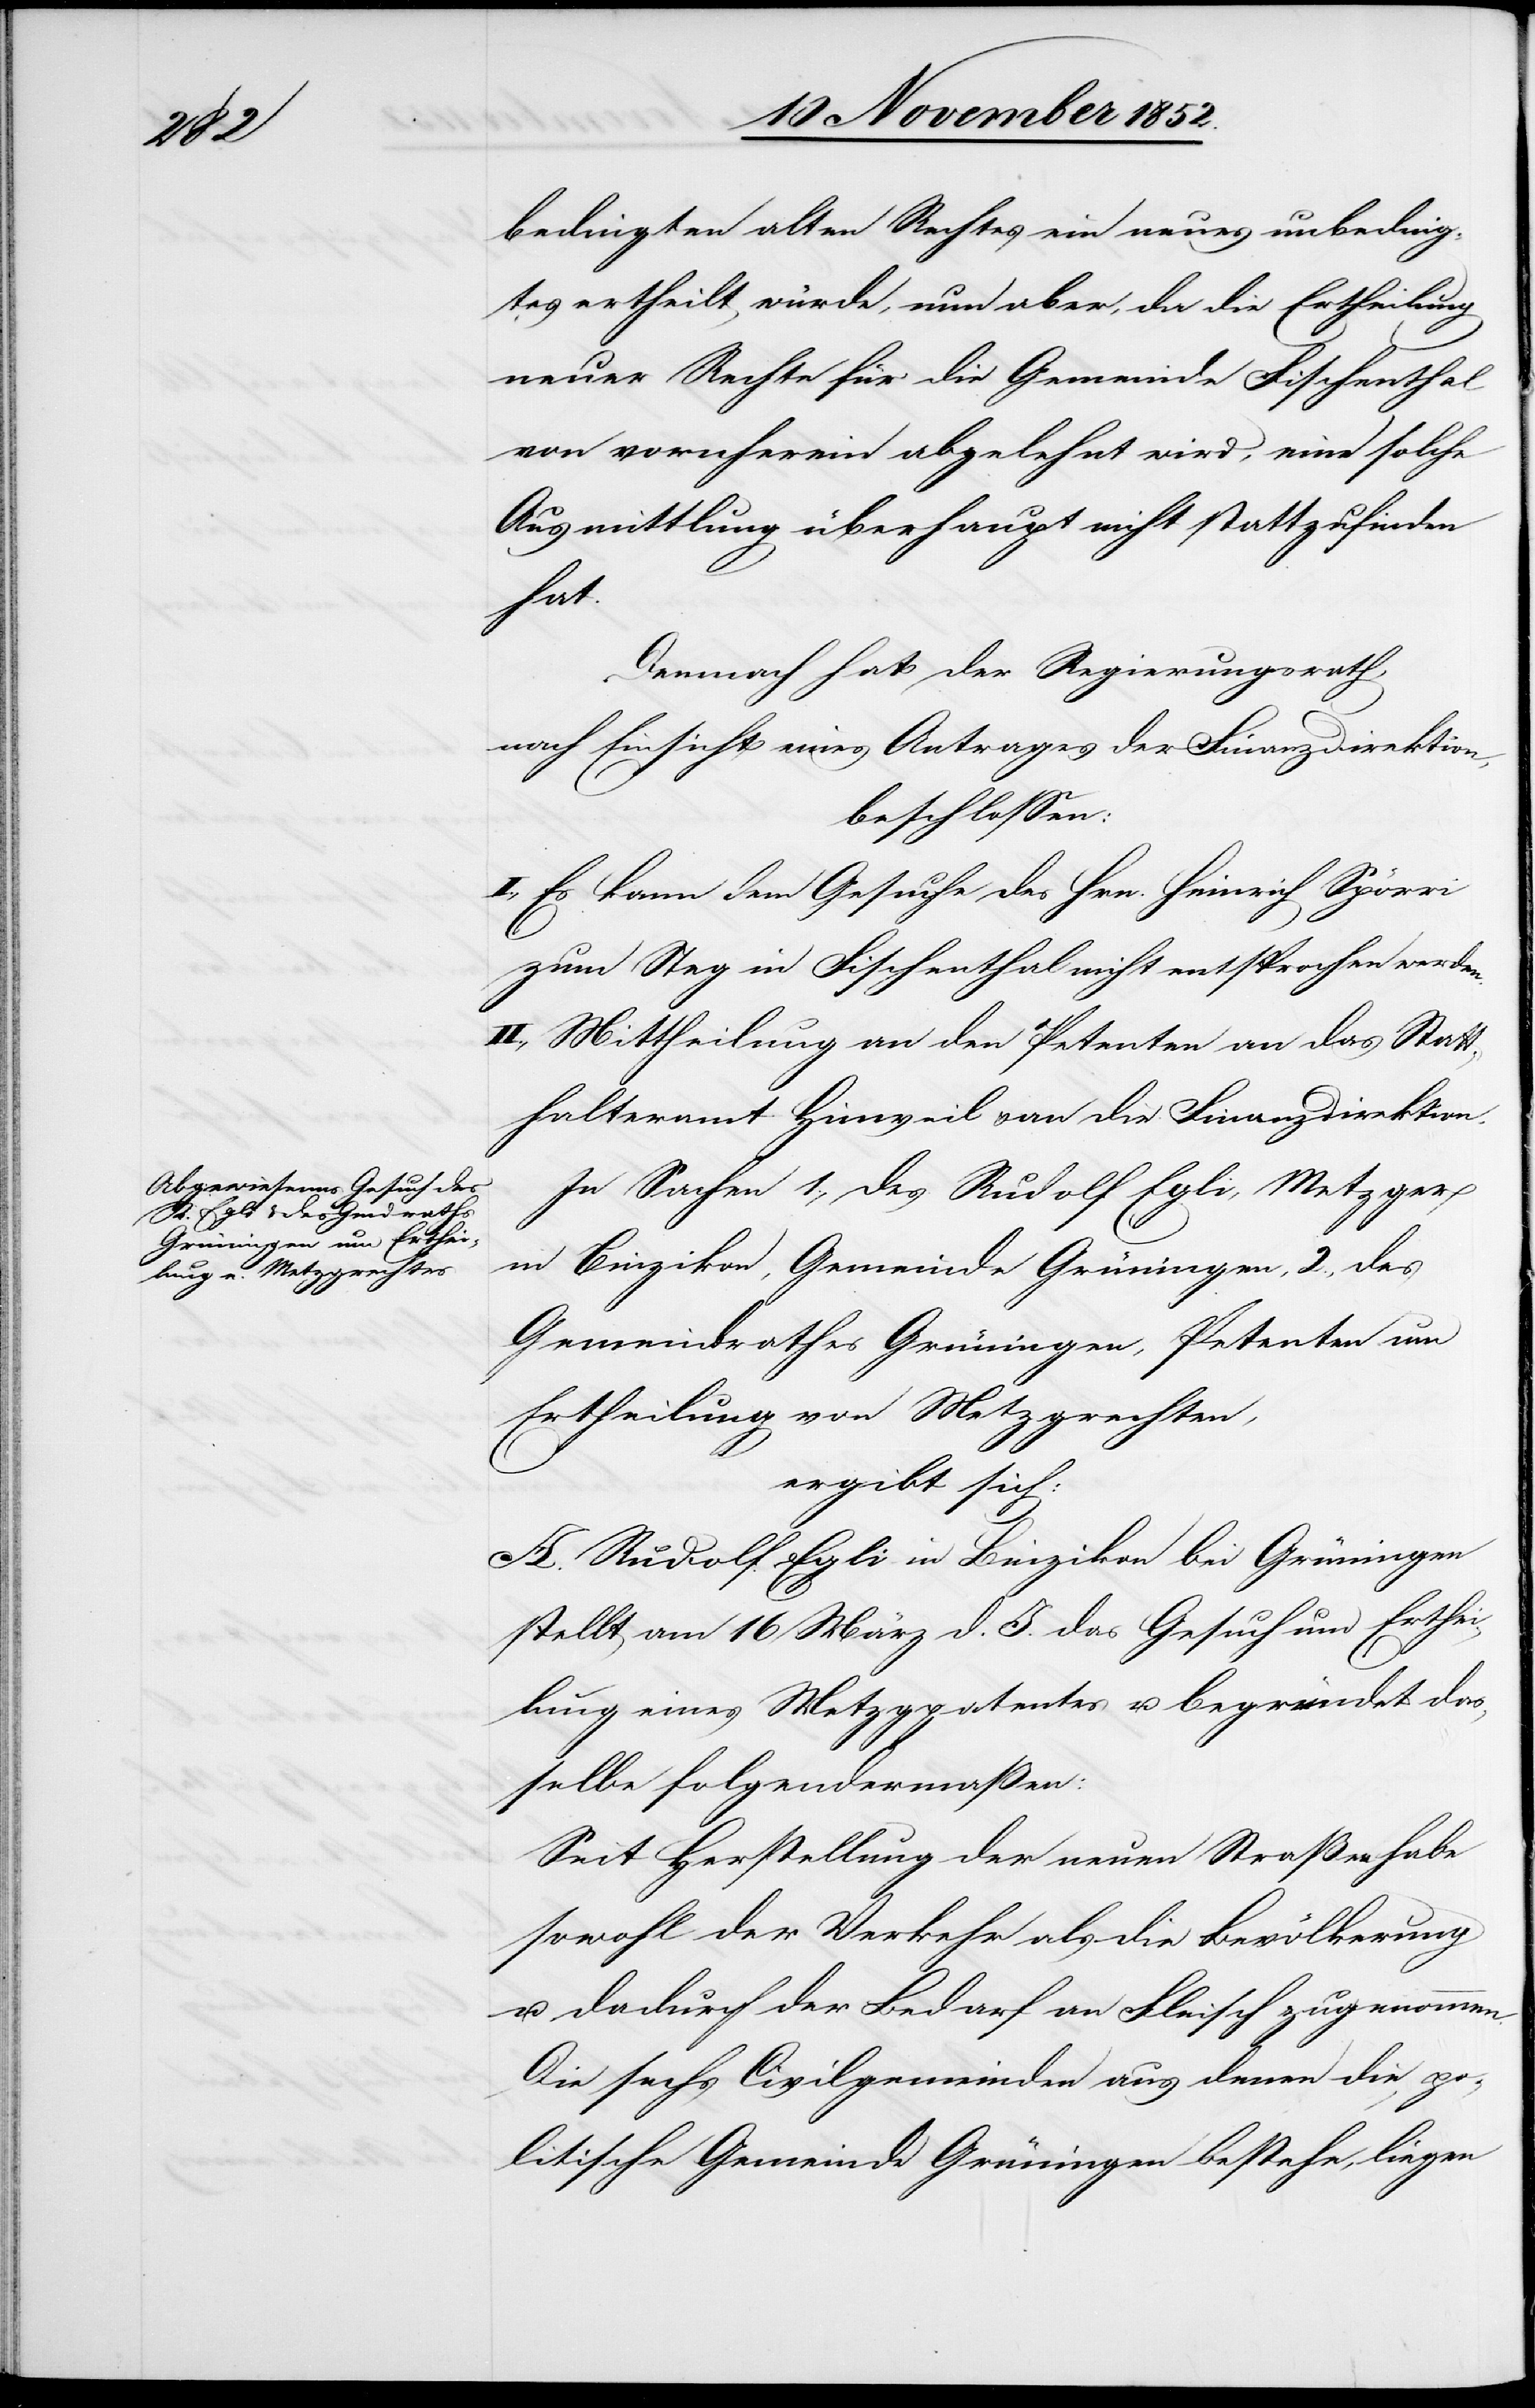
bedingten alten Rechtes ein neues unbeding¬
tes ertheilt würde, nun aber, da die Ertheilung
neuer Rechte für die Gemeinde Fischenthal
von vornherein abgelehnt wird, eine solche
Ausmittlung überhaupt nicht stattzufinden
hat.
Demnach hat der Regierungsrath,
nach Einsicht eines Antrages der Finanzdirektion,
beschlossen:
I., Es kann dem Gesuche des Hrn. Heinrich Spörri
zum Steg in Fischenthal nicht entsprochen werden.
II., Mittheilung an den Petenten[,] an das Statt¬
halteramt Hinweil & an die Finanzdirektion.
In Sachen 1., des Rudolf Egli, Metzger
in Binzikon, Gemeinde Grüningen, 2., des
Gemeindrathes Grüningen, Petenten um
Ertheilung von Metzgrechten,
ergibt sich:
A. Rudolf Egli in Binzikon bei Grüningen
stellt am 16 März d. J. das Gesuch um Erthei¬
lung eines Metzgpatentes u. begründet das¬
selbe folgendermaßen:
Seit Herstellung der neuen Straßen habe
sowohl der Verkehr als die Bevölkerung
u. dadurch der Bedarf an Fleisch zugenommen.
Die sechs Civilgemeinden aus denen die po¬
litische Gemeinde Grüningen bestehe, liegen